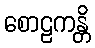
စောဠကန္တိ